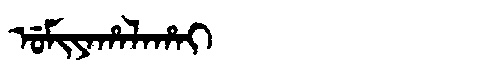
Manchu: ᡠᠮᡳᠶᠠᡥᠠᠯᠠᡥᠠᡳ
Romanization: UMIYAHALAHAI